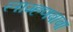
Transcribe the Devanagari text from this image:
लाम्हणबाबा